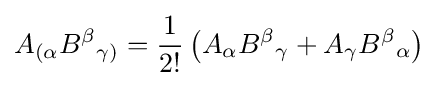
A_{(\alpha }B^{\beta }{}_{\gamma )}={\dfrac {1}{2!}}\left(A_{\alpha }B^{\beta }{}_{\gamma }+A_{\gamma }B^{\beta }{}_{\alpha }\right)